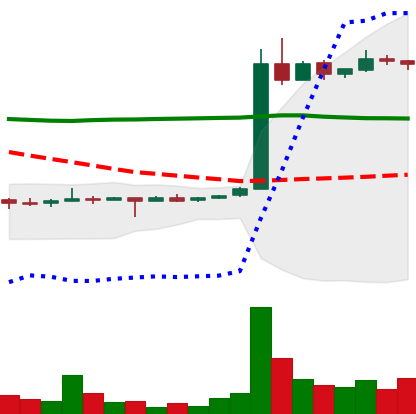
Ticker: LTC-USD
Chart end date: 2015-05-29
Forward return: -7.872%
Label: down_7plus